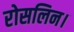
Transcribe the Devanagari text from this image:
रोसलिन।